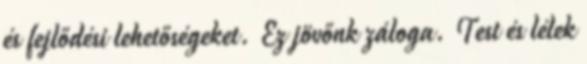
és fejlődési lehetőségeket. Ez jövőnk záloga. Test és lélek